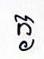
ក្ង